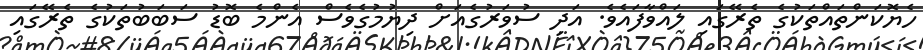
ހެޔޮކަންތައްތަކުގެ ތެރޭގައި ލައްވާފައެވެ. އަދި ސުވަރުގެއަށް ދިޔުމުގެވެސް އެންމެ ބޮޑު ސަބަބުތަކުގެ ތެރޭގައި